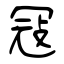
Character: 冦